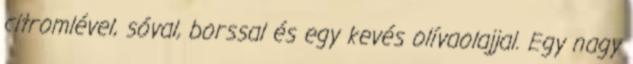
citromlével, sóval, borssal és egy kevés olívaolajjal. Egy nagy